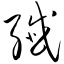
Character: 歼